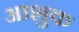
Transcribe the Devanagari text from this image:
आशुक